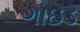
ગાઇડ